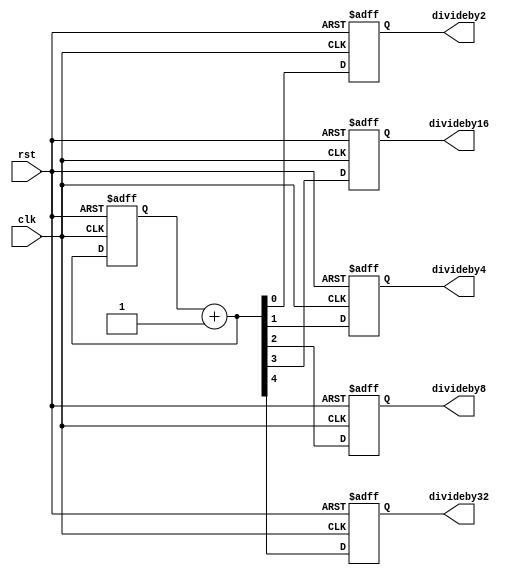
`timescale 1ns / 1ps

module clock_divider(

        input clk,rst,
        output reg divideby2,divideby4,divideby8,divideby16,divideby32
        );
    reg [4:0]d;
    
    initial d=0;
    
        always@(posedge clk or posedge rst)
        begin
        if(rst)
        begin
        d=0;
        divideby2=0;
        divideby4=0;
        divideby8=0; 
        divideby16=0;
        divideby32=0;
     end
        else
        begin
        d=d+5'b00001;
        divideby2=d[0];
        divideby4=d[1];
        divideby8=d[2]; 
        divideby16=d[3];
        divideby32=d[4];
     end
    end
endmodule